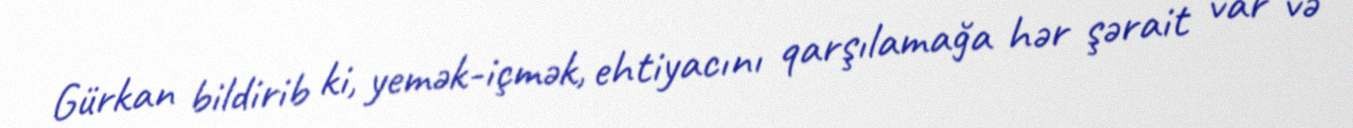
Gürkan bildirib ki, yemək-içmək, ehtiyacını qarşılamağa hər şərait var və